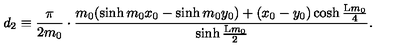
d _ { 2 } \equiv \frac { \pi } { 2 m _ { 0 } } \cdot \frac { m _ { 0 } ( \sinh { m _ { 0 } x _ { 0 } } - \sinh { m _ { 0 } y _ { 0 } } ) + ( x _ { 0 } - y _ { 0 } ) \cosh { \frac { \mathrm { L } m _ { 0 } } { 4 } } } { \sinh { \frac { \mathrm { L } m _ { 0 } } { 2 } } } .